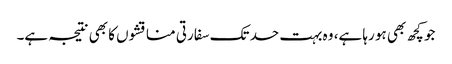
جو کچھ بھی ہو رہا ہے، وہ بہت حد تک سفارتی مناقشوں کا بھی نتیجہ ہے۔